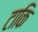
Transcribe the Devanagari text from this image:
टाकि